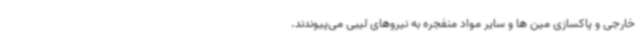
خارجی و پاکسازی مین ها و سایر مواد منفجره به نیروهای لیبی می‌پیوندند.